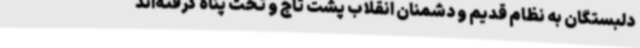
دلبستگان به نظام قدیم و دشمنان انقلاب پشت تاج و تخت پناه گرفته‌اند